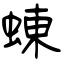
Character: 蝀